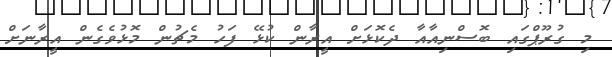
މި ގުރޫޕްގައި ބޮސްނިއާއާ ދެކޮޅަށް އީރާން ކުޅޭ ފަހު މެޗުން މޮޅުވެގެން އީރާނަށް